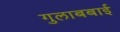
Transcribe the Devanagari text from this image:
गुलाबबाई